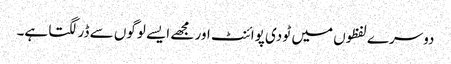
دوسرے لفظوں میں ٹو دی پوائنٹ اور مجھے ایسے لوگوں سے ڈر لگتا ہے۔